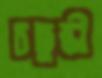
চতুষ্কী